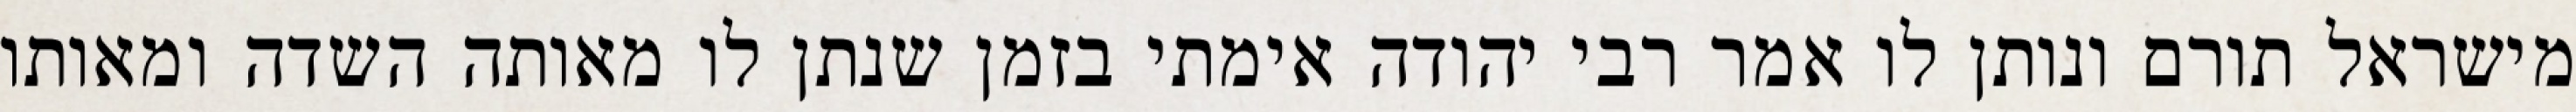
מישראל תורם ונותן לו אמר רבי יהודה אימתי בזמן שנתן לו מאותה השדה ומאותו